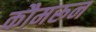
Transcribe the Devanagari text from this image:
कौमरून